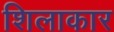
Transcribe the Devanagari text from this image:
शिलाकार